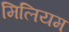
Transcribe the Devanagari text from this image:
मिलियम